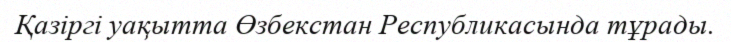
Қазіргі уақытта Өзбекстан Республикасында тұрады.